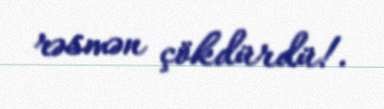
rəsmən çökdürdü!.